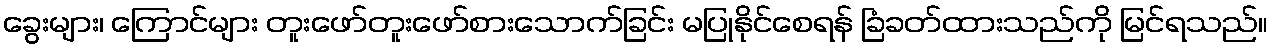
ခွေးများ၊ ကြောင်များ တူးဖော်တူးဖော်စားသောက်ခြင်း မပြုနိုင်စေရန် ခြံခတ်ထားသည်ကို မြင်ရသည်။